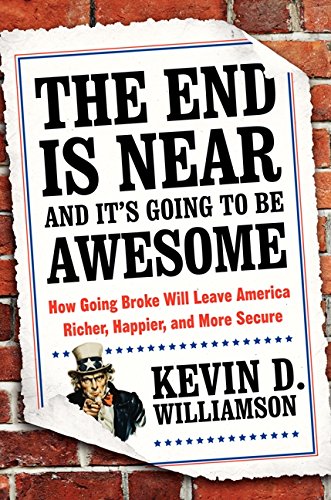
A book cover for The End Is Near and It's Going to Be Awesome: How Going Broke Will Leave America Richer, Happier, and More Secure; Kevin D. Williamson; Business & Money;